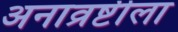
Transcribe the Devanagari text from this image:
अनाव्रष्टीला